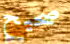
صحيح